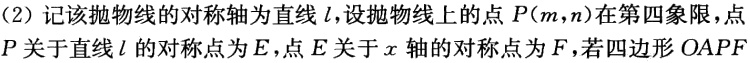
(2) 记该抛物线的对称轴为直线\(l\)，设抛物线上的点\(P(m,n)\)在第四象限，点\(P\)关于直线\(l\)的对称点为\(E\)，\(E\)关于\(x\)轴的对称点为\(F\)，若四边形\(OAPF\)